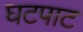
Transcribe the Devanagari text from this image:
घटपाट